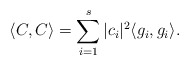
\begin{align*} \langle C, C \rangle = \sum_{i=1}^s |c_{i}|^{2} \langle g_{i}, g_{i} \rangle.\end{align*}